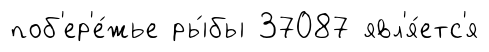
поб'ер'е́жье ры́бы 37087 явл'я́етс'я